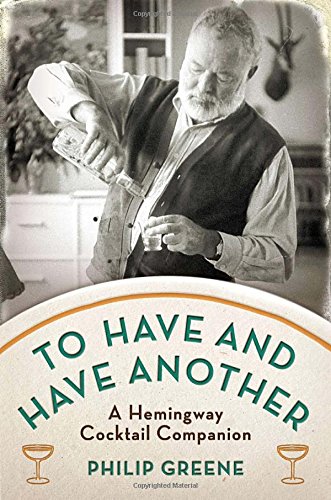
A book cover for To Have and Have Another: A Hemingway Cocktail Companion; Philip Greene; Cookbooks, Food & Wine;